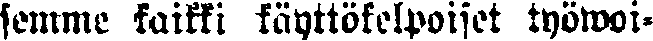
semme kaikki käyttökelpoiset työwoi-